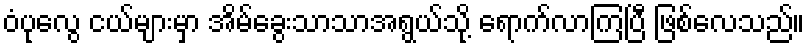
ဝံပုလွေ ငယ်များမှာ အိမ်ခွေးသာသာအရွယ်သို့ ရောက်လာကြပြီ ဖြစ်လေသည်။